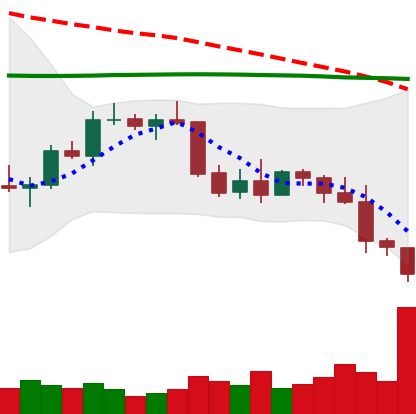
Ticker: BTC-USD
Chart end date: 2022-01-07
Forward return: 5.754%
Label: up_5_7